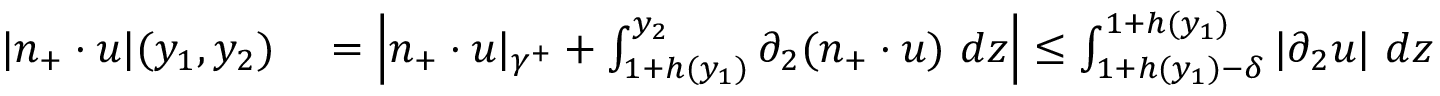
\begin{array} { r l } { | n _ { + } \cdot u | ( y _ { 1 } , y _ { 2 } ) } & { { } = \left| n _ { + } \cdot u \vert _ { \gamma ^ { + } } + \int _ { 1 + h ( y _ { 1 } ) } ^ { y _ { 2 } } \partial _ { 2 } ( n _ { + } \cdot u ) \ d z \right| \leq \int _ { 1 + h ( y _ { 1 } ) - \delta } ^ { 1 + h ( y _ { 1 } ) } | \partial _ { 2 } u | \ d z } \end{array}